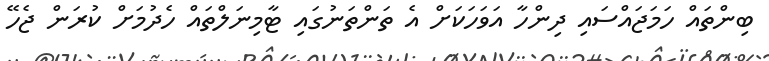
ބިންތައް ހަމަޖައްސައި ދިންހާ އަވަހަކަށް އެ ތަންތަނުގައި ޓާމިނަލްތައް ހެދުމަށް ކުރަން ޖެހޭ